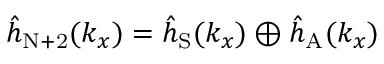
{ \hat { h } } _ { \mathrm { N + 2 } } ( { k _ { x } } ) = { \hat { h } } _ { \mathrm { S } } ( { k _ { x } } ) \oplus { \hat { h } } _ { \mathrm { A } } ( { k _ { x } } )